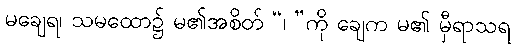
မချေရ၊ သမထော၌ မ၏အစိတ် “၊ ”ကို ချေက မ၏ မှီရာသရ